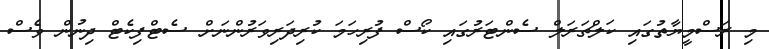
މި ރަސްމީޔާތުގައި ކަލްޗަރަލް ސެންޓަރުގައި ކޯސް ފުރިހަމަ ކުރިދަރިވަރުންނަށް ސެޓްފިކެޓް ދިނުން ވެސް